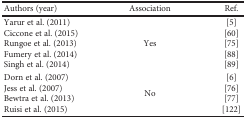
<table><thead><tr><td><b>Authors (year)</b></td><td><b>Association</b></td><td><b>Ref.</b></td></tr></thead><tbody><tr><td>Yarur et al. (2011)Ciccone et al. (2015)Rungoe et al. (2013)Fumery et al. (2014)Singh et al. (2014)</td><td>Yes</td><td>[5][60][75][88][89]</td></tr><tr><td>Dorn et al. (2007)Jess et al. (2007)Bewtra et al. (2013)Ruisi et al. (2015)</td><td>No</td><td>[6][76][77][122]</td></tr></tbody></table>